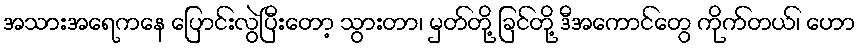
အသားအရေကနေ ပြောင်းလွဲပြီးတော့ သွားတာ၊ မှတ်တို့ ခြင်တို့ ဒီအကောင်တွေ ကိုက်တယ်၊ ဟော